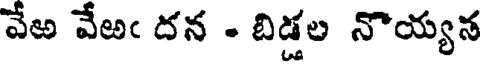
వేఱ వేఱఁ దన - బిడ్డల నొయ్యన